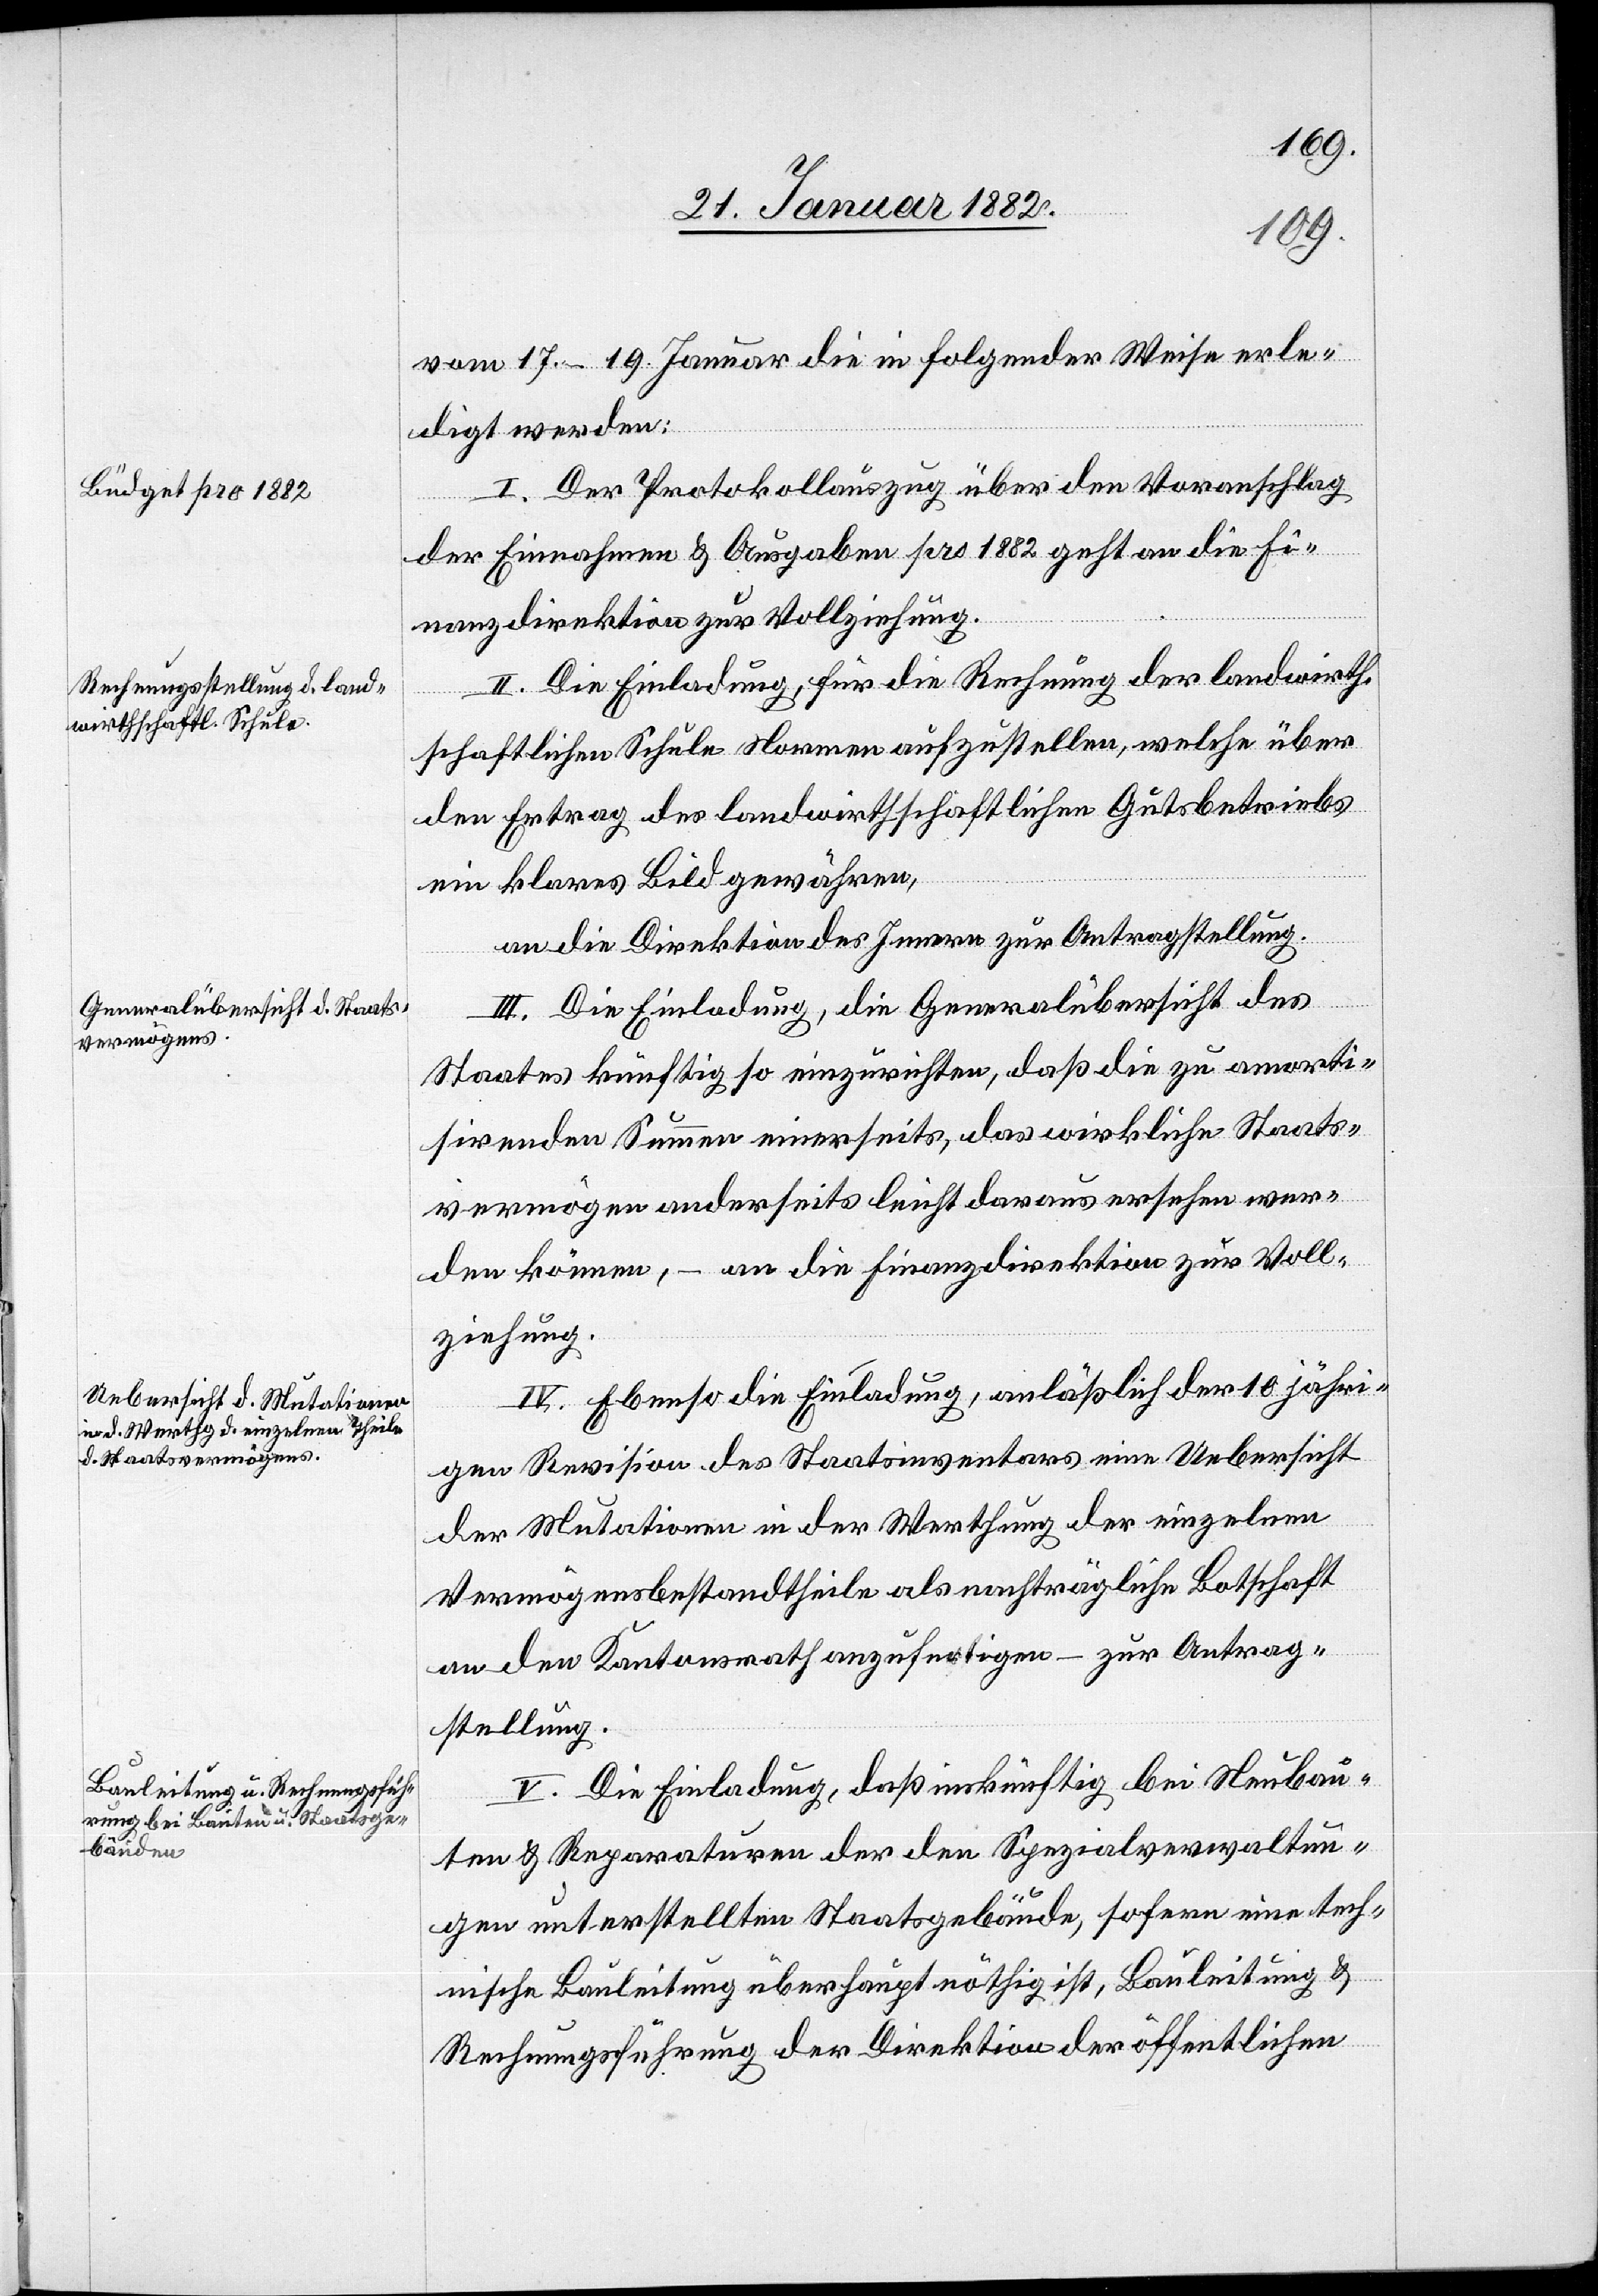
vom 17.–19. Januar die in folgender Weise erle¬
digt werden:
I. Der Protokollauszug über den Voranschlag
der Einnahmen & Ausgaben pro 1882 geht an die Fi¬
nanzdirektion zur Vollziehung.
II. Die Einladung, für die Rechnung der landwirth¬
schaftlichen Schule Normen aufzustellen, welche über
den Ertrag des landwirthschaftlichen Gutbetriebs
ein klares Bild gewähren,
an die Direktion des Innern zur Antragstellung.
III. Die Einladung, die Generalübersicht des
Staates künftig so einzurichten, daß die zu amorti¬
sirenden Summen einerseits, das wirkliche Staats¬
vermögen anderseits leicht daraus ersehen wer¬
den können, – an die Finanzdirektion zur Voll¬
ziehung.
IV. Ebenso die Einladung, anläßlich der 10 jähri¬
gen Revision des Staatsinventars eine Uebersicht
der Mutationen in der Werthung der einzelnen
Vermögensbestandtheile als nachträgliche Botschaft
an den Kantonsrath anzufertigen – zur Antrag¬
stellung.
V. Die Einladung, daß imkünftig bei Neubau¬
ten & Reparaturen der den Spezialverwaltun¬
gen unterstellten Staatsgebäude, sofern eine tech¬
nische Bauleitung überhaupt nöthig ist, Bauleitung &
Rechnungsführung der Direktion der öffentlichen